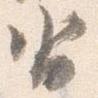
沓